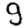
Digit: 9